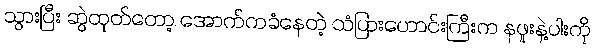
သွားပြီး ဆွဲထုတ်တော့ အောက်ကခံနေတဲ့ သံပြားဟောင်းကြီးက နဖူးနဲ့ပါးကို